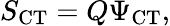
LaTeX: S_{\mathrm{CT}}=Q\Psi_{\mathrm{CT}},